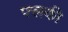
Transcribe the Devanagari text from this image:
फ्लकी